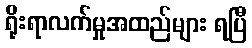
ရိုးရာလက်မှုအထည်များ ရပြီ